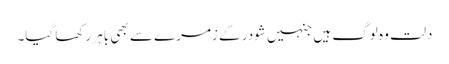
دلت وہ لوگ ہیں جنہیں شودر کے زمرے سے بھی باہر رکھا گیا۔